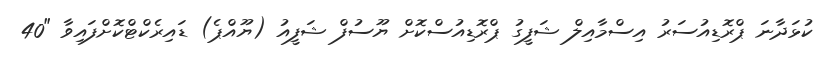
ކުޅަދާނަ ޕްރޮޑިއުސަރު އިސްމާއިލް ޝަފީގު ޕްރޮޑިއުސްކޮށް ޔޫސުފް ޝަފީއު (ޔޫއްޕެ) ޑައިރެކްޓްކޮށްފައިވާ "40